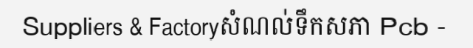
Suppliers & Factoryសំណល់ទឹកសភា Pcb -